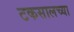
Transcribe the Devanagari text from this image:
टकसालच्या